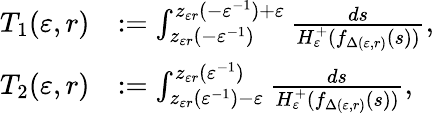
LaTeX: \begin{array}{rl}{T_{1}(\varepsilon,r)}&{:=\int_{z_{\varepsilon r}(-\varepsilon^{-1})}^{z_{\varepsilon r}(-\varepsilon^{-1})+\varepsilon}\frac{ds}{H_{\varepsilon}^{+}(f_{\Delta(\varepsilon,r)}(s))},}\\ {T_{2}(\varepsilon,r)}&{:=\int_{z_{\varepsilon r}(\varepsilon^{-1})-\varepsilon}^{z_{\varepsilon r}(\varepsilon^{-1})}\frac{ds}{H_{\varepsilon}^{+}(f_{\Delta(\varepsilon,r)}(s))},}\end{array}